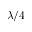
\lambda / 4